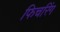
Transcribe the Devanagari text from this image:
फिचरिंग